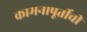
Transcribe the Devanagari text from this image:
कामनापूर्तीची